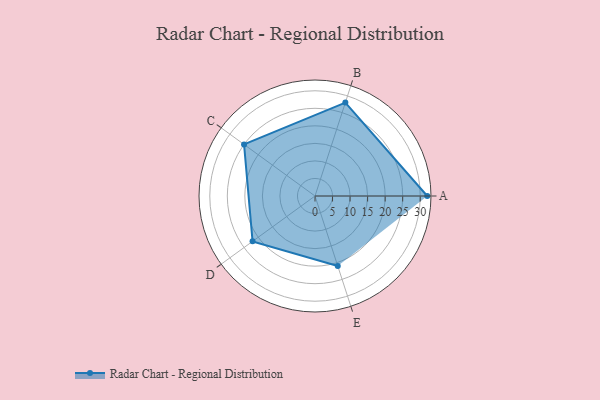
{"axis": {"x": "Skill", "y": "Score"}, "legend": ["Profile"], "data": [{"x": "A", "y": 32.0, "type": "Profile"}, {"x": "B", "y": 28.0, "type": "Profile"}, {"x": "C", "y": 25.0, "type": "Profile"}, {"x": "D", "y": 22.0, "type": "Profile"}, {"x": "E", "y": 21.0, "type": "Profile"}]}